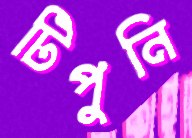
টিপুনি